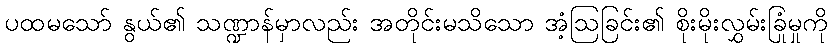
ပထမသော် နွယ်၏ သဏ္ဍာန်မှာလည်း အတိုင်းမသိသော အံ့ဩခြင်း၏ စိုးမိုးလွှမ်းခြုံမှုကို